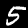
Digit: 5